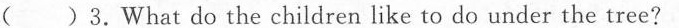
( )3.What do the children like to do under the tree?